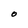
Character: o